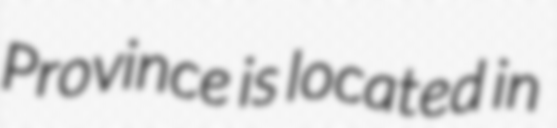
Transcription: Province is located in